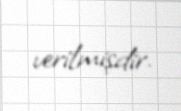
verilmişdir.